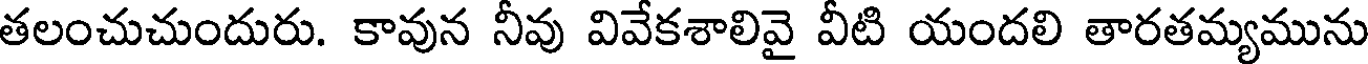
తలంచుచుందురు. కావున నీవు వివేకశాలివై వీటి యందలి తారతమ్యమును